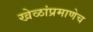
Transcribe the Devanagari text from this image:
खेळांप्रमाणेच